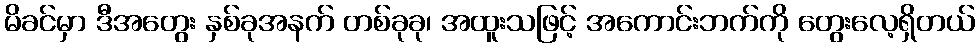
မိခင်မှာ ဒီအတွေး နှစ်ခုအနက် တစ်ခုခု၊ အထူးသဖြင့် အကောင်းဘက်ကို တွေးလေ့ရှိတယ်